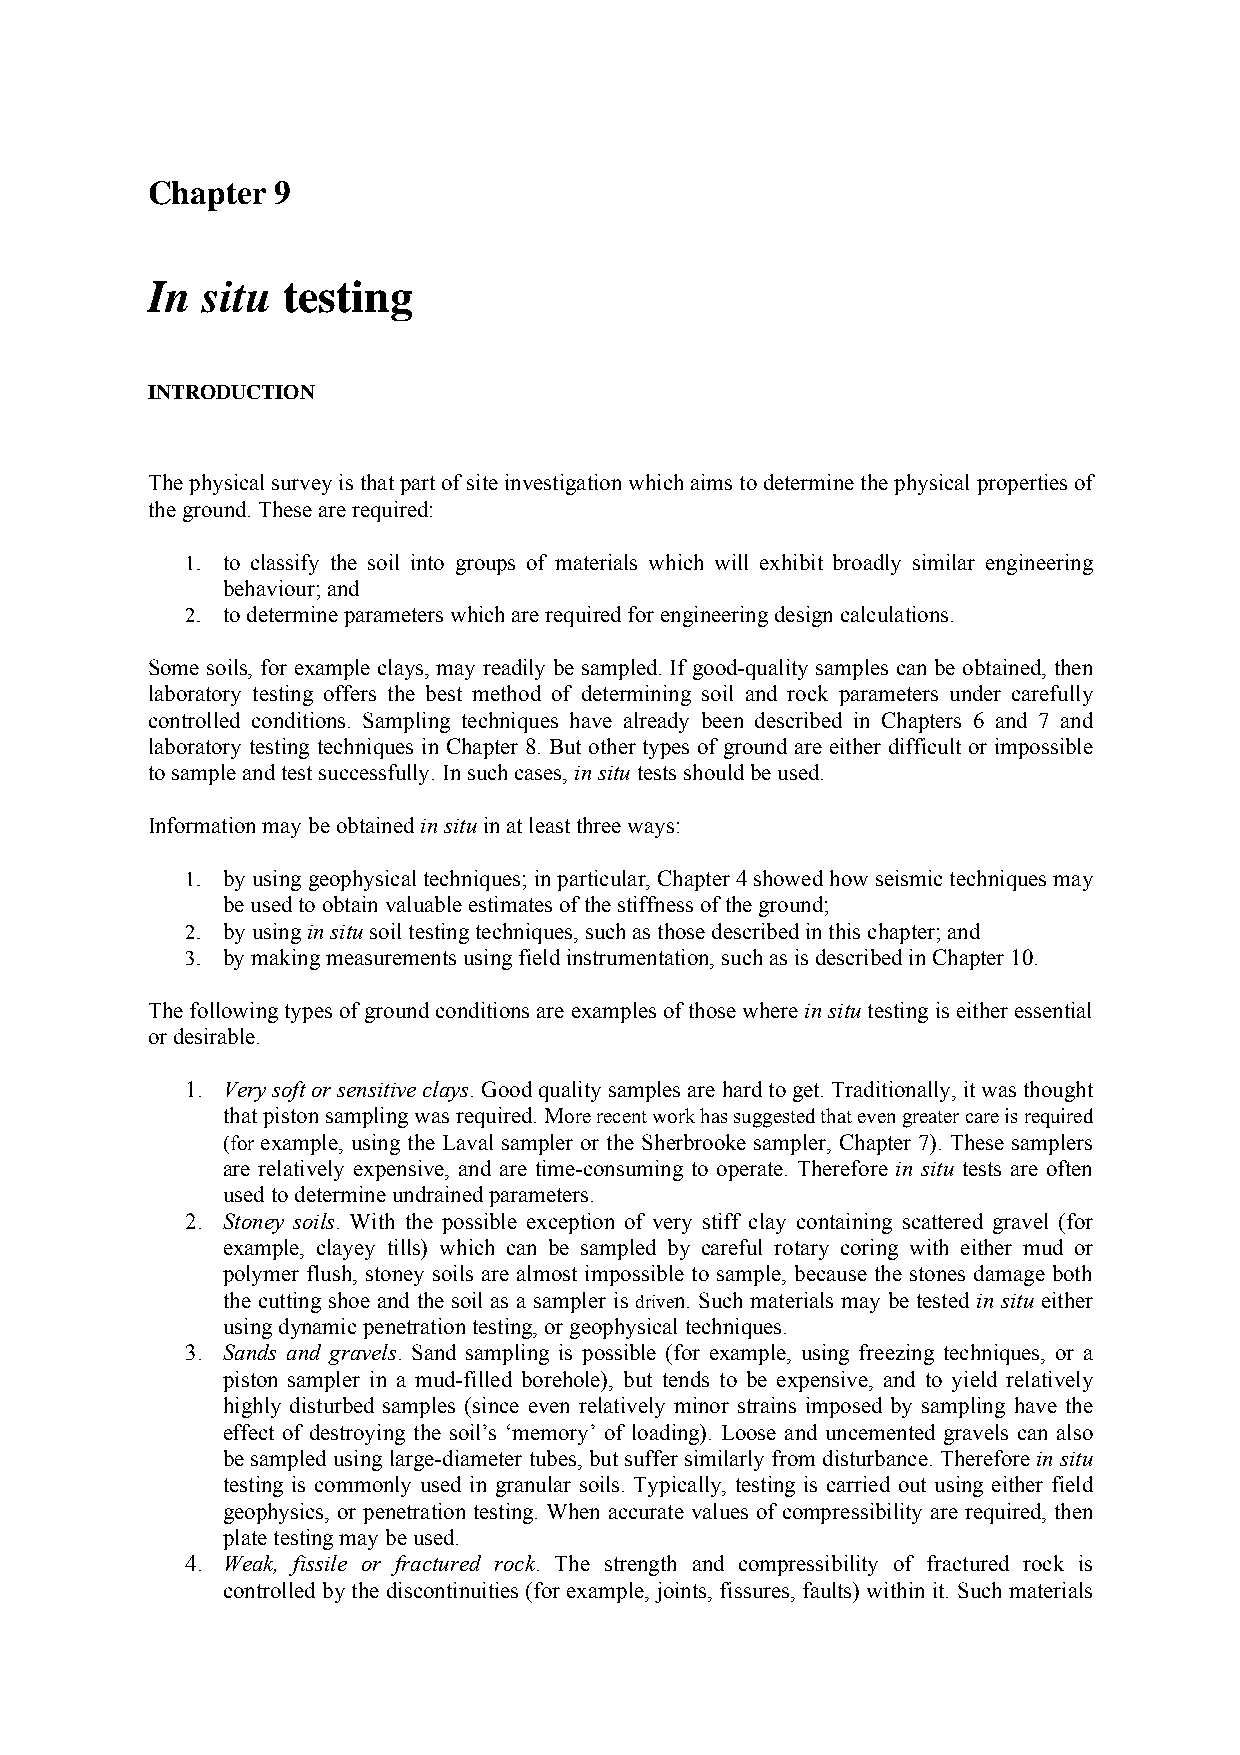
Chapter 9
 In situ  testing
 INTRODUCTION
 The physical survey is that part of site investigation which aims to determine the physical properties of
 the ground. These are required:
 1. to classify the soil into groups of materials which will exhibit broadly similar engineering
 behaviour; and
 2. to determine parameters which are required for engineering design calculations.
 Some soils, for example clays, may readily be sampled. If good-quality samples can be obtained, then
 laboratory testing offers the best method of determining soil and rock parameters under carefully
 controlled conditions. Sampling techniques have already been described in Chapters 6 and 7 and
 laboratory testing techniques in Chapter 8. But other types of ground are either difficult or impossible
 to sample and test successfully. In such cases, in situ tests should be used.
 Information may be obtained in situ in at least three ways:
 1. by using geophysical techniques; in particular, Chapter 4 showed how seismic techniques may
 be used to obtain valuable estimates of the stiffness of the ground;
 2. by using in situ soil testing techniques, such as those described in this chapter; and
 3. by making measurements using field instrumentation, such as is described in Chapter 10.
 The following types of ground conditions are examples of those where in situ testing is either essential
 or desirable.
 1. Very soft or sensitive clays. Good quality samples are hard to get. Traditionally, it was thought
 that piston sampling was required. More recent work has suggested that even greater care is required
 (for example, using the Laval sampler or the Sherbrooke sampler, Chapter 7). These samplers
 are relatively expensive, and are time-consuming to operate. Therefore in situ tests are often
 used to determine undrained parameters.
 2. Stoney soils. With the possible exception of very stiff clay containing scattered gravel (for
 example, clayey tills) which can be sampled by careful rotary coring with either mud or
 polymer flush, stoney soils are almost impossible to sample, because the stones damage both
 the cutting shoe and the soil as a sampler is driven. Such materials may be tested in situ either
 using dynamic penetration testing, or geophysical techniques.
 3. Sands and gravels. Sand sampling is possible (for example, using freezing techniques, or a
 piston sampler in a mud-filled borehole), but tends to be expensive, and to yield relatively
 highly disturbed samples (since even relatively minor strains imposed by sampling have the
 effect of destroying the soil’s ‘memory’ of loading). Loose and uncemented gravels can also
 be sampled using large-diameter tubes, but suffer similarly from disturbance. Therefore in situ
 testing is commonly used in granular soils. Typically, testing is carried out using either field
 geophysics, or penetration testing. When accurate values of compressibility are required, then
 plate testing may be used.
 4. Weak, fissile or fractured rock. The strength and compressibility of fractured rock is
 controlled by the discontinuities (for example, joints, fissures, faults) within it. Such materials